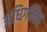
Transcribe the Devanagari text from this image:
अधिगमित